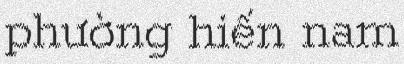
phường hiến nam